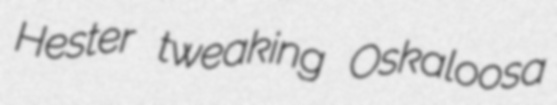
Hester tweaking Oskaloosa